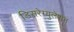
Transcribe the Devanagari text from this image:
डिसरेग्युलेशन